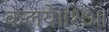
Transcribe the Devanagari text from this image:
कलये॥१७॥